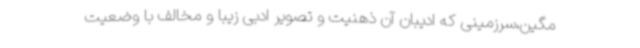
مگین،سرزمینی که ادیبان آن ذهنیت و تصویر ادبی زیبا و مخالف با وضعیت